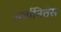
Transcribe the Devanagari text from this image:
अर्वानितेस